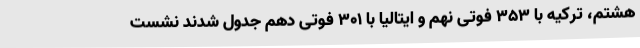
هشتم، ترکیه با 353 فوتی نهم و ایتالیا با 301 فوتی دهم جدول شدند نشست